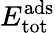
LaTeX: E_{\mathrm{tot}}^{\mathrm{ads}}